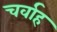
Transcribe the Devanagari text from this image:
चर्वाह